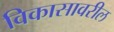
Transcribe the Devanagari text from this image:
विकासावरील